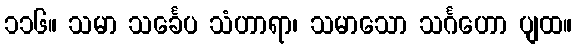
၁၁၆။ သမာ သင်္ခေပ သံဟာရာ၊ သမာသော သင်္ဂဟော ပျထ။